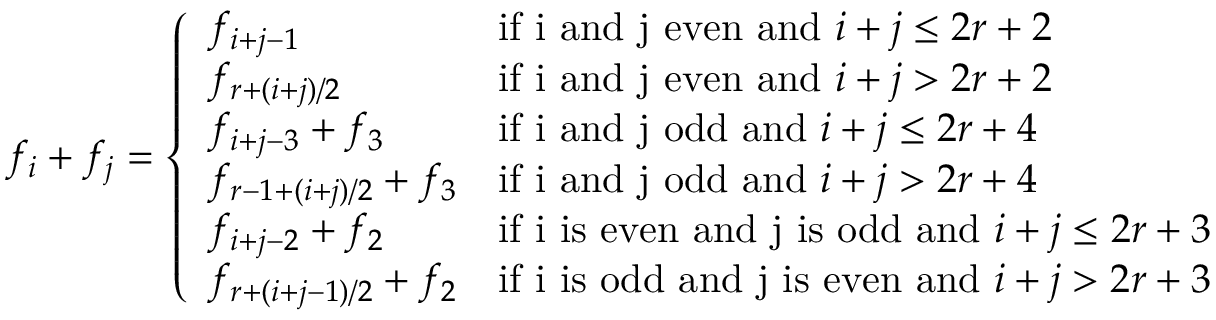
f _ { i } + f _ { j } = \left\{ \begin{array} { l l } { f _ { i + j - 1 } } & { \mathrm { i f ~ i ~ a n d ~ j ~ e v e n ~ a n d ~ } i + j \leq 2 r + 2 } \\ { f _ { r + ( i + j ) / 2 } } & { \mathrm { i f ~ i ~ a n d ~ j ~ e v e n ~ a n d ~ } i + j > 2 r + 2 } \\ { f _ { i + j - 3 } + f _ { 3 } } & { \mathrm { i f ~ i ~ a n d ~ j ~ o d d ~ a n d ~ } i + j \leq 2 r + 4 } \\ { f _ { r - 1 + ( i + j ) / 2 } + f _ { 3 } } & { \mathrm { i f ~ i ~ a n d ~ j ~ o d d ~ a n d ~ } i + j > 2 r + 4 } \\ { f _ { i + j - 2 } + f _ { 2 } } & { \mathrm { i f ~ i ~ i s ~ e v e n ~ a n d ~ j ~ i s ~ o d d ~ a n d ~ } i + j \leq 2 r + 3 } \\ { f _ { r + ( i + j - 1 ) / 2 } + f _ { 2 } } & { \mathrm { i f ~ i ~ i s ~ o d d ~ a n d ~ j ~ i s ~ e v e n ~ a n d ~ } i + j > 2 r + 3 } \end{array} \right.